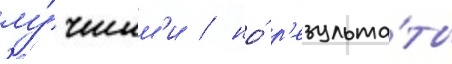
лу́чшим'и / но́ р'езульта́ты